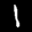
Label: 1